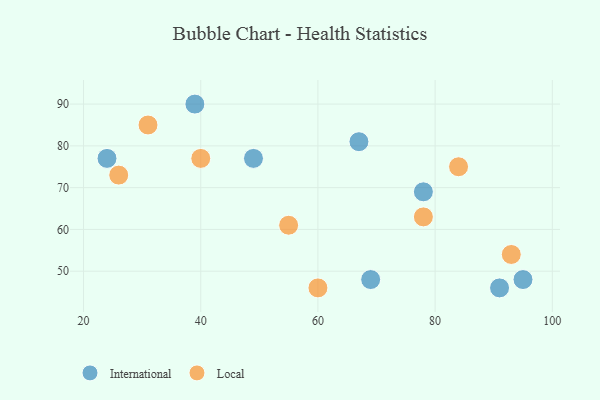
{"axis": {"x": "GDP", "y": "Life Expectancy"}, "legend": ["International", "Local"], "data": [{"x": "39", "y": 90, "type": "International"}, {"x": "78", "y": 69, "type": "International"}, {"x": "91", "y": 46, "type": "International"}, {"x": "69", "y": 48, "type": "International"}, {"x": "24", "y": 77, "type": "International"}, {"x": "67", "y": 81, "type": "International"}, {"x": "95", "y": 48, "type": "International"}, {"x": "49", "y": 77, "type": "International"}, {"x": "93", "y": 54, "type": "Local"}, {"x": "31", "y": 85, "type": "Local"}, {"x": "84", "y": 75, "type": "Local"}, {"x": "40", "y": 77, "type": "Local"}, {"x": "55", "y": 61, "type": "Local"}, {"x": "78", "y": 63, "type": "Local"}, {"x": "60", "y": 46, "type": "Local"}, {"x": "26", "y": 73, "type": "Local"}]}